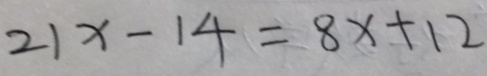
2 1 x - 1 4 = 8 x + 1 2